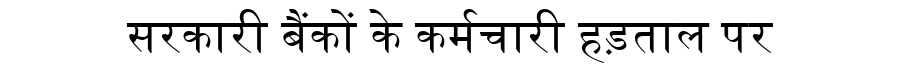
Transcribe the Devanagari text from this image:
सरकारी बैंकों के कर्मचारी हड़ताल पर